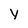
Character: Y